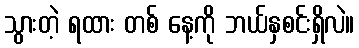
သွားတဲ့ ရထား တစ် နေ့ကို ဘယ်နှစင်းရှိလဲ။